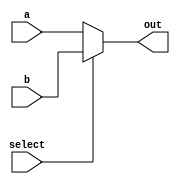
`timescale 1ns / 1ns


module mux_2to1 (
    input wire a,      
    input wire b,       
    input wire select,  // Control signal 
    output wire out     // Output signal
);

    assign out = (select == 1'b0) ? a : b;  

endmodule


module ror(
    input wire [3:0] input_bits,  // 4-bit input
    input wire k1,  // Select line for muxes 1 to 4
    input wire k2,  // Select line for muxes 5 to 8
    output wire [3:0] output_bits  
);


  // First set of muxes
  wire [3:0] stage1;

  mux_2to1 mux1 (.a(input_bits[0]), .b(input_bits[2]), .select(k1), .out(stage1[0]));
  mux_2to1 mux2 (.a(input_bits[1]), .b(input_bits[3]), .select(k1), .out(stage1[1]));
  mux_2to1 mux3 (.a(input_bits[2]), .b(input_bits[0]), .select(k1), .out(stage1[2]));
  mux_2to1 mux4 (.a(input_bits[3]), .b(input_bits[1]), .select(k1), .out(stage1[3]));

 //
  wire [3:0] mux5_out, mux6_out, mux7_out, mux8_out;
  
  mux_2to1 mux5 (.a(stage1[0]), .b(stage1[1]), .select(k2), .out(output_bits[0]));
  mux_2to1 mux6 (.a(stage1[1]), .b(stage1[2]), .select(k2), .out(output_bits[1]));
  mux_2to1 mux7 (.a(stage1[2]), .b(stage1[3]), .select(k2), .out(output_bits[2]));
  mux_2to1 mux8 (.a(stage1[3]), .b(stage1[0]), .select(k2), .out(output_bits[3]));

endmodule